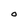
Character: O